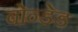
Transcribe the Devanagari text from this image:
बोन्‍डेड